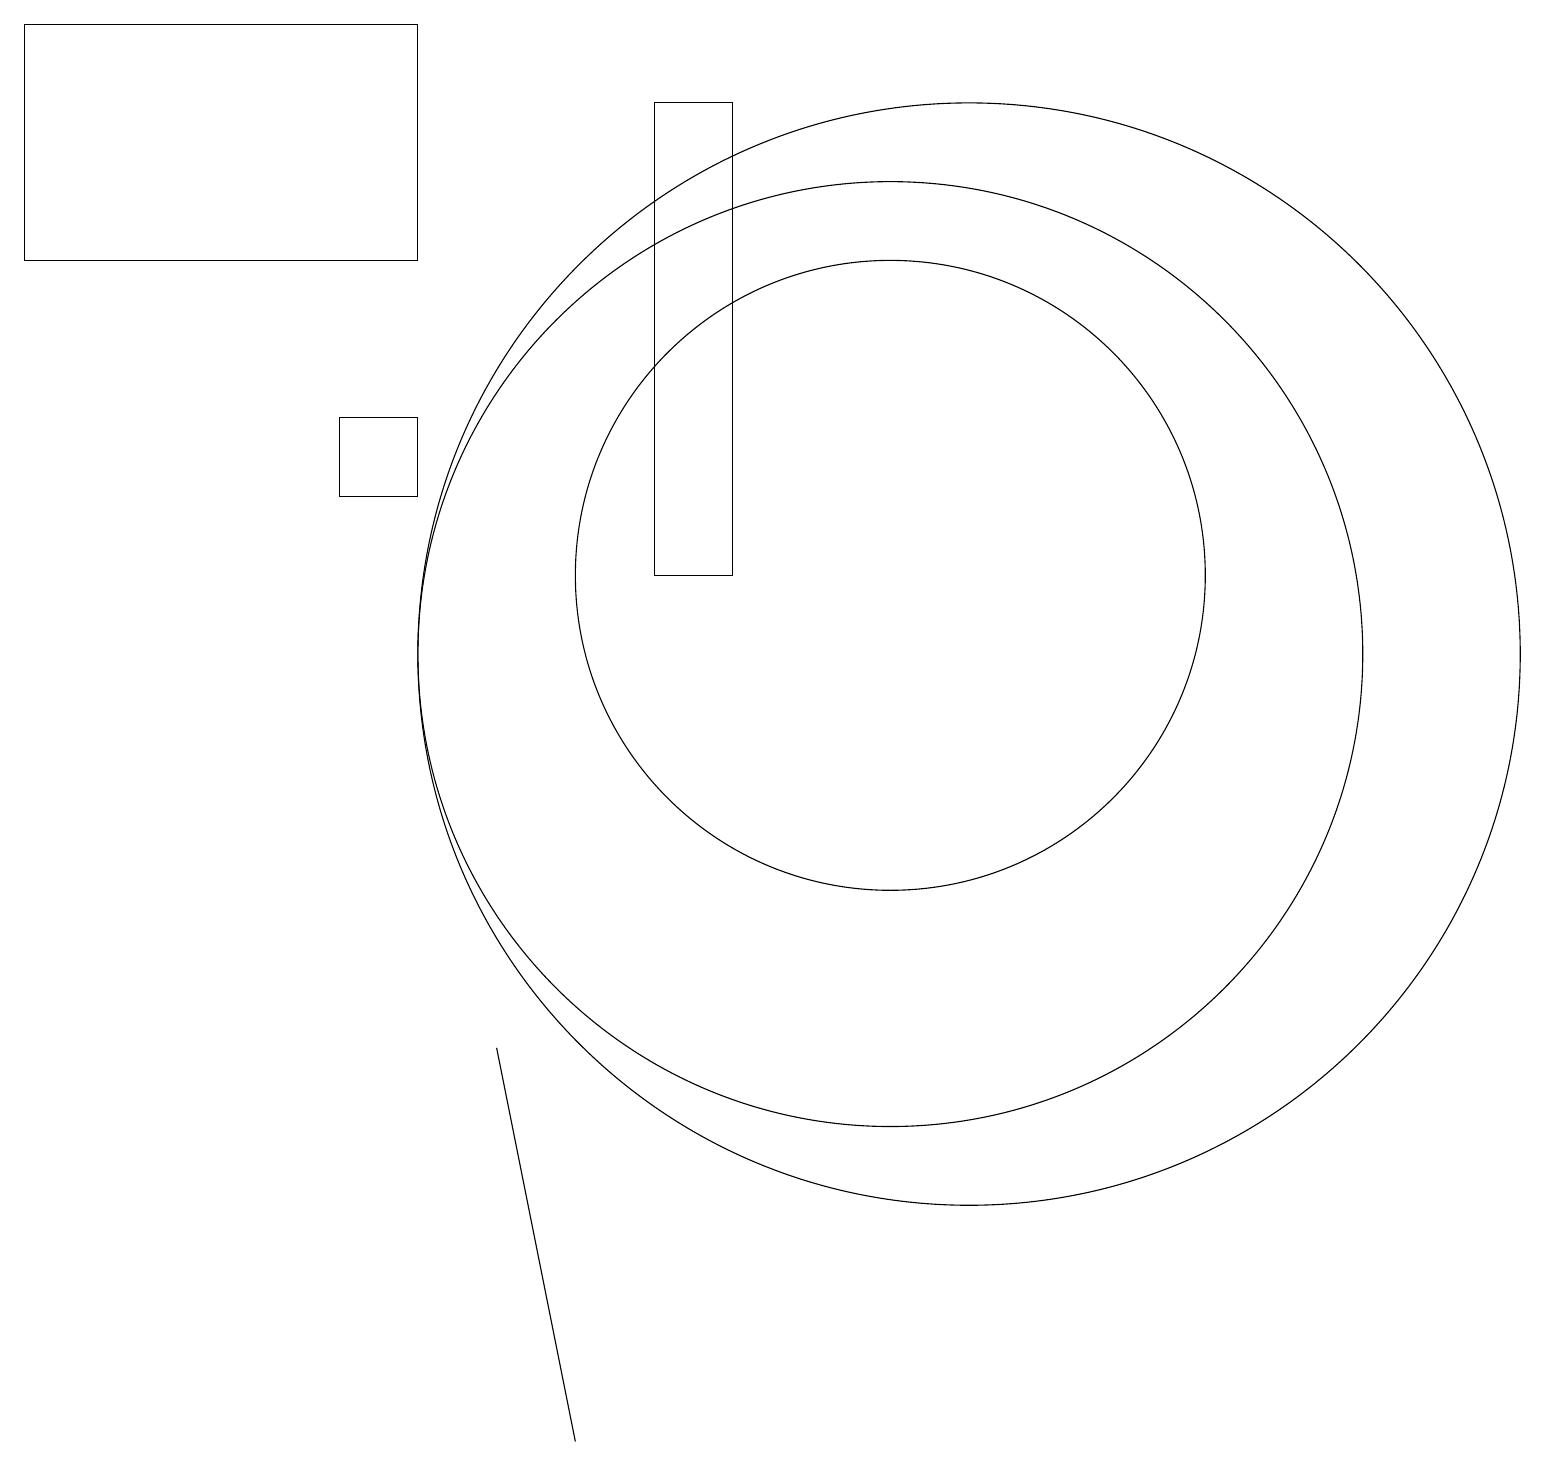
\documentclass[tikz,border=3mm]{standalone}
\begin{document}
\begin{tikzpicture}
\draw (6,6) -- (7,1) -- (7,1) -- cycle;
\draw (9,18) rectangle (8,12);
\draw (5,16) rectangle (0,19);
\draw (4,14) rectangle (5,13);
\draw (11,11) circle (6);
\draw (12,11) circle (7);
\draw (11,12) circle (4);
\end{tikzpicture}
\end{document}